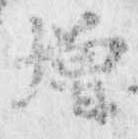
増